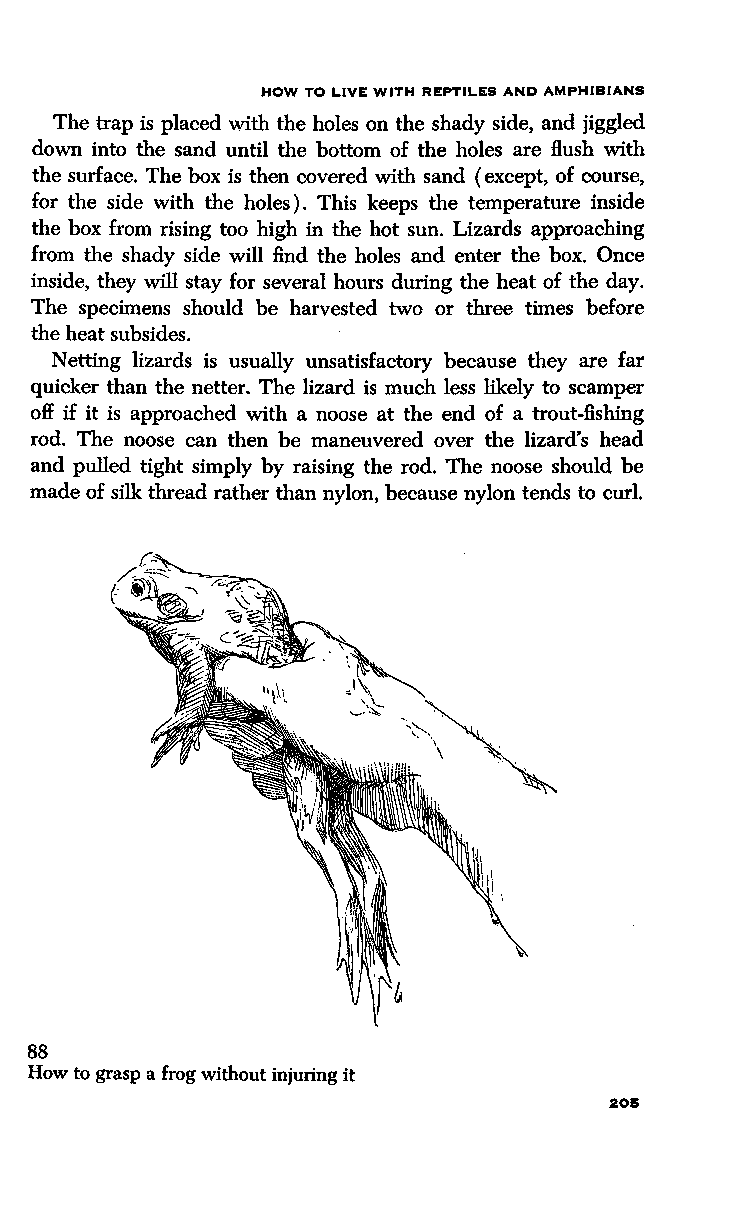
HOW TO LIVE WITH REPTILES AND AMPHIBIANS
 The trap is placed with the holes on the shady side, and jiggled
 down into the sand until the bottom of the holes are flush with
 the surface. The box is then covered with sand (except, of course,
 for the side with the holes). This keeps the temperature inside
 the box from rising too high in the hot sun. Lizards approaching
 from the shady side will find the holes and enter the box. Once
 inside, they will stay for several hours during the heat of the day.
 The specimens should be harvested two or three times before
 the heat subsides.
 Netting lizards is usually unsatisfactory because they are far
 quicker than the netter. The lizard is much less likely to scamper
 off if it is approached with a noose at the end of a trout-fishing
 rod. The noose can then be maneuvered over the lizard's head
 and pulled tight simply by raising the rod. The noose should be
 made of silk thread rather than nylon, because nylon tends to curl.
 88
 How to grasp a frog without injuring it
 205